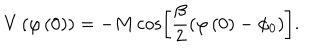
V \left( \varphi \left( 0 \right) \right) = - M \cos \left[ \frac { \beta } { 2 } \left( \varphi \left( 0 \right) - \phi _ { 0 } \right) \right] .